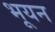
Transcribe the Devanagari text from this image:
भूयन